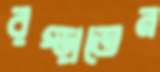
রগ্‌ড়াতেন